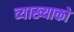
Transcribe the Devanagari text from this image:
व्याख्याको